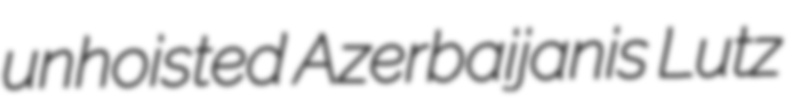
unhoisted Azerbaijanis Lutz